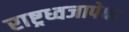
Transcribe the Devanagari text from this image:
राष्ट्रध्वजापेक्षा